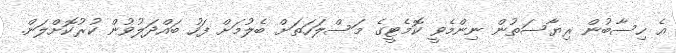
އެ ހިސާބުން ރިޔާސަތުން ނިންމެވީ ކޮމެޓީގެ މަސްލަހަތަށް ބެލުމަށް ފަހު ބައްދަލުވުން ކުރުކޮށްލަން.